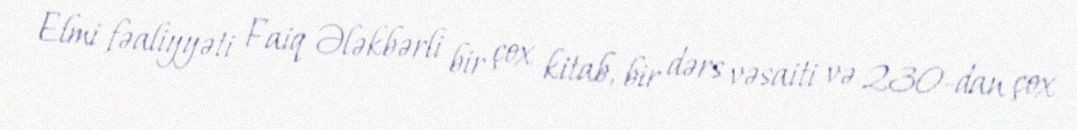
Elmi fəaliyyəti Faiq Ələkbərli bir çox kitab, bir dərs vəsaiti və 230-dan çox